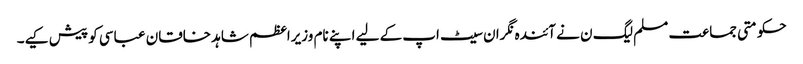
حکومتی جماعت مسلم لیگ ن نے آئندہ نگران سیٹ اپ کے لیے اپنے نام وزیراعظم شاہد خاقان عباسی کو پیش کیے۔